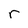
Character: r